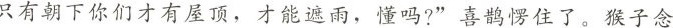
只有朝下你们才有屋顶，才能遮雨，懂吗?”喜鹊愣住了。猴子念